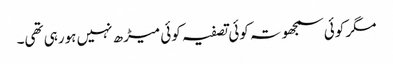
مگر کوئی سمجھوتہ کوئی تصفیہ کوئی میڑھ نہیں ہورہی تھی۔